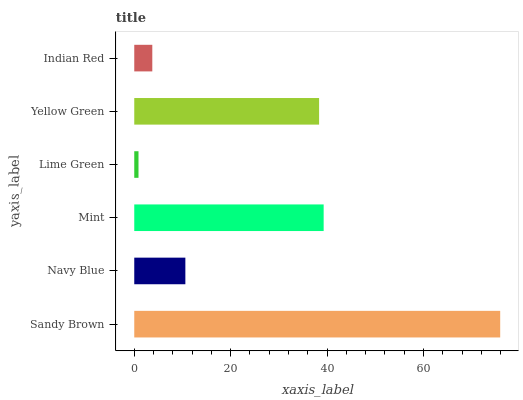
| yaxis_label | bars |
 | --- | --- |
 | Sandy Brown | 75.9 |
 | Navy Blue | 10.6 |
 | Mint | 39.3 |
 | Lime Green | 0.881 |
 | Yellow Green | 38.3 |
 | Indian Red | 3.74 |